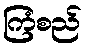
ကြံစည်